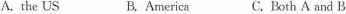
A. the US B.America C.Both A and B